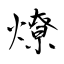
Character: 燎